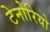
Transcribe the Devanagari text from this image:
टेनोरियो